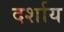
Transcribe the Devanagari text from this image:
दर्शाय